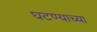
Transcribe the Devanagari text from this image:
घटण्याच्या